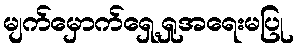
မျက်မှောက်ရှေ့ရှုအရေးမပြု